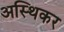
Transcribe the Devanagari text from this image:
अस्थिकर